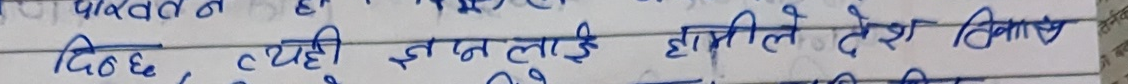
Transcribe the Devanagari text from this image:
दिन्छ, त्यही इच्छालाई हामीले देश विकास